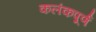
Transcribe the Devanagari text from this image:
कलंकपूर्ण